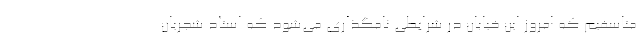
متاسفیم که امروز این خیابان در شرایطی نامگذاری می‌شود که استاد شجریان